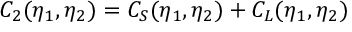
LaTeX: C _ { 2 } ( \eta _ { 1 } , \eta _ { 2 } ) = C _ { S } ( \eta _ { 1 } , \eta _ { 2 } ) + C _ { L } ( \eta _ { 1 } , \eta _ { 2 } )